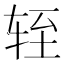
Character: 轾